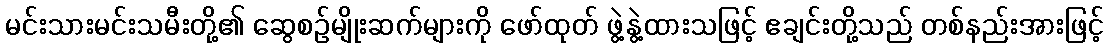
မင်းသားမင်းသမီးတို့၏ ဆွေစဉ်မျိုးဆက်များကို ဖော်ထုတ် ဖွဲ့နွဲ့ထားသဖြင့် ဧချင်းတို့သည် တစ်နည်းအားဖြင့်